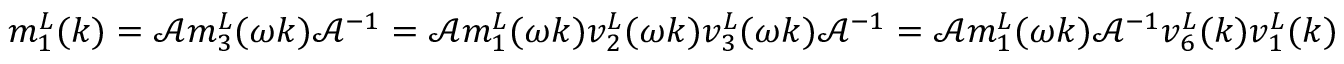
\begin{array} { r } { m _ { 1 } ^ { L } ( k ) = \mathcal { A } m _ { 3 } ^ { L } ( \omega k ) \mathcal { A } ^ { - 1 } = \mathcal { A } m _ { 1 } ^ { L } ( \omega k ) v _ { 2 } ^ { L } ( \omega k ) v _ { 3 } ^ { L } ( \omega k ) \mathcal { A } ^ { - 1 } = \mathcal { A } m _ { 1 } ^ { L } ( \omega k ) \mathcal { A } ^ { - 1 } v _ { 6 } ^ { L } ( k ) v _ { 1 } ^ { L } ( k ) } \end{array}